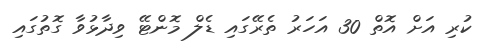
ކުރި އަށް އޮތް 30 އަހަރު ތެރޭގައި ޑެލް މޮންޓޭ ވިދާޅުވާ ގޮތުގައި